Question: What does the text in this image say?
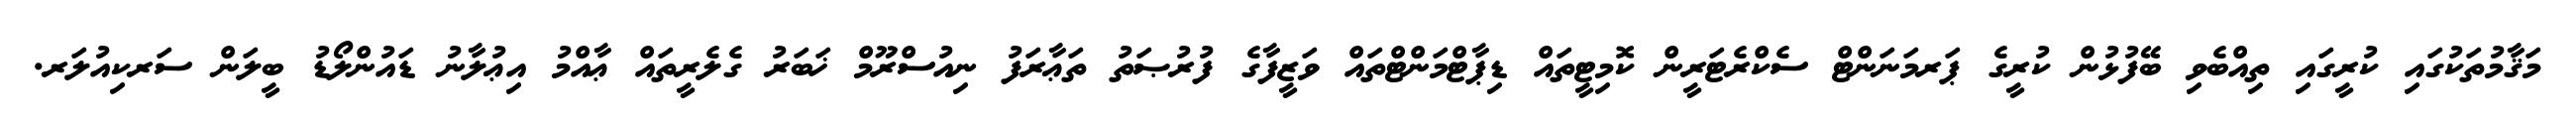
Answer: މަޤާމުތަކުގައި ކުރީގައި ތިއްބެވި ބޭފުޅުން ކުރީގެ ޕަރމަނަންޓް ސެކްރެޓަރީން ކޮމިޓީތައް ޑިޕާޓްމަންޓްތައް ވަޒީފާގެ ފުރުޞަތު ތަޢާރަފު ނިއުސްރޫމް ޚަބަރު ގެލެރީތައް ޢާއްމު އިޢުލާނު ޑައުންލޯޑު ބީލަން ސަރކިއުލަރ.